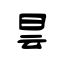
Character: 昙